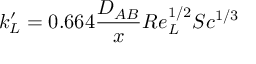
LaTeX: k _ { L } ^ { \prime } = 0 . 6 6 4 { \frac { D _ { A B } } { x } } R e _ { L } ^ { 1 / 2 } S c ^ { 1 / 3 }